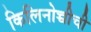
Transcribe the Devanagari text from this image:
किलिनोच्चीची